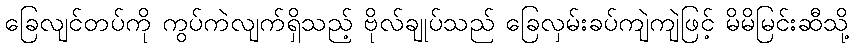
ခြေလျင်တပ်ကို ကွပ်ကဲလျက်ရှိသည့် ဗိုလ်ချုပ်သည် ခြေလှမ်းခပ်ကျဲကျဲဖြင့် မိမိမြင်းဆီသို့